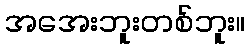
အအေးဘူးတစ်ဘူး။